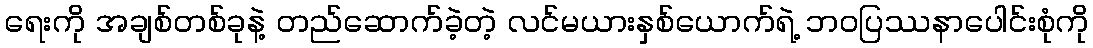
ရေးကို အချစ်တစ်ခုနဲ့ တည်ဆောက်ခဲ့တဲ့ လင်မယားနှစ်ယောက်ရဲ့ ဘဝပြဿနာပေါင်းစုံကို